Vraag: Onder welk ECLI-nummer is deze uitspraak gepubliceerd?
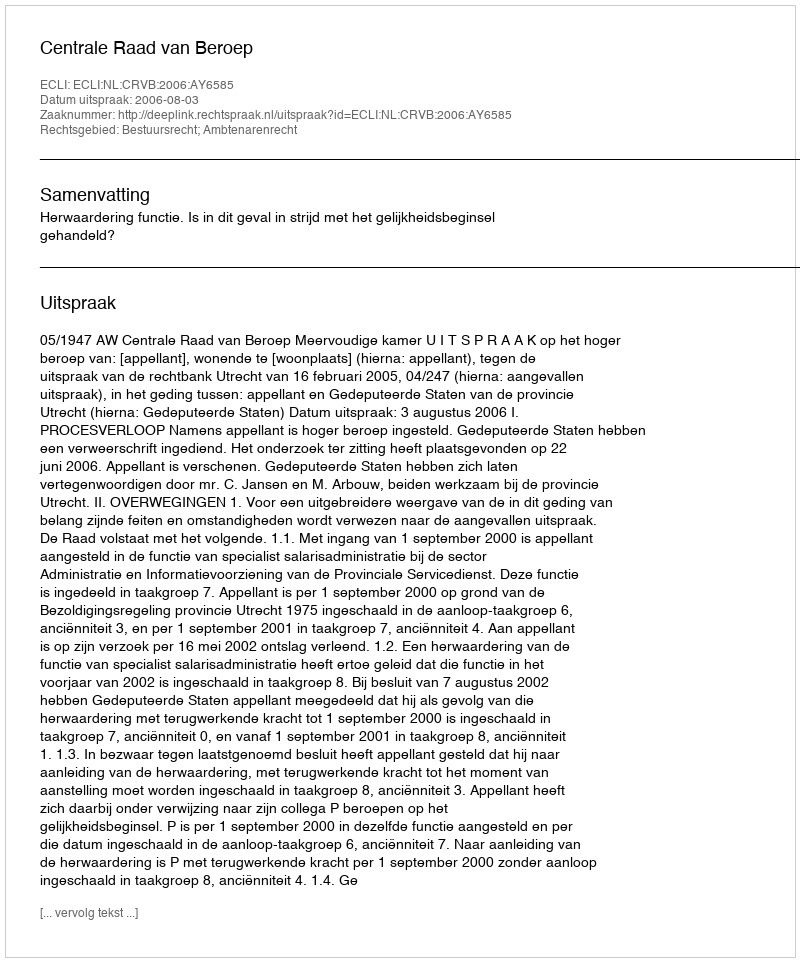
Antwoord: ECLI:NL:CRVB:2006:AY6585